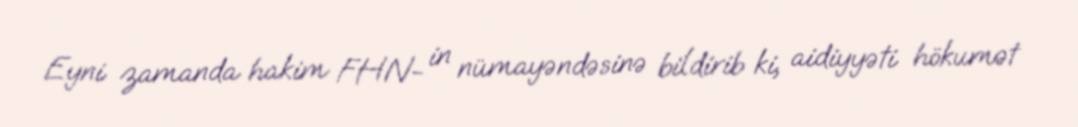
Eyni zamanda hakim FHN- in nümayəndəsinə bildirib ki, aidiyyəti hökumət